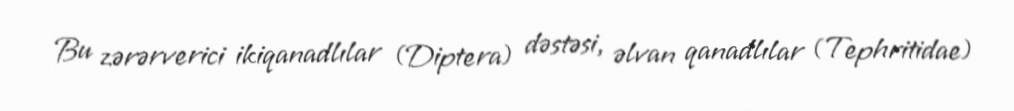
Bu zərərverici ikiqanadlılar (Diptera) dəstəsi, əlvan qanadlılar (Tephritidae)